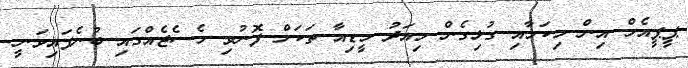
ޕީޕީއެމް އިން މިކަމާއި ގުޅިގެން މިއަދު މީޑިއާ ތަކަށް ފޮނުވި މެސެޖެއްގައި ބުނެފައިވަނީ